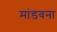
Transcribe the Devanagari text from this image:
मांडवना